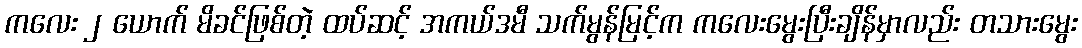
ကလေး ၂ ယောက် မိခင်ဖြစ်တဲ့ ထပ်ဆင့် အကယ်ဒမီ သက်မွန်မြင့်က ကလေးမွေးပြီးချိန်မှာလည်း တသားမွေး